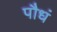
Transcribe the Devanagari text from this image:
पौधं